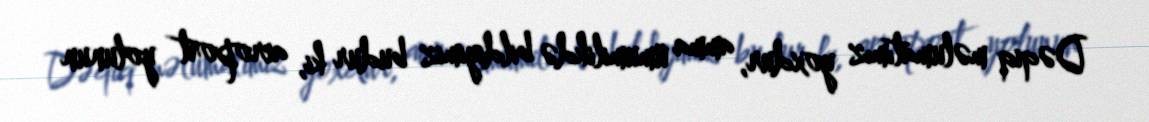
Dəqiq məlumatımız yoxdur, amma ümumilikdə bildiyimiz budur ki, aeroport yolunun